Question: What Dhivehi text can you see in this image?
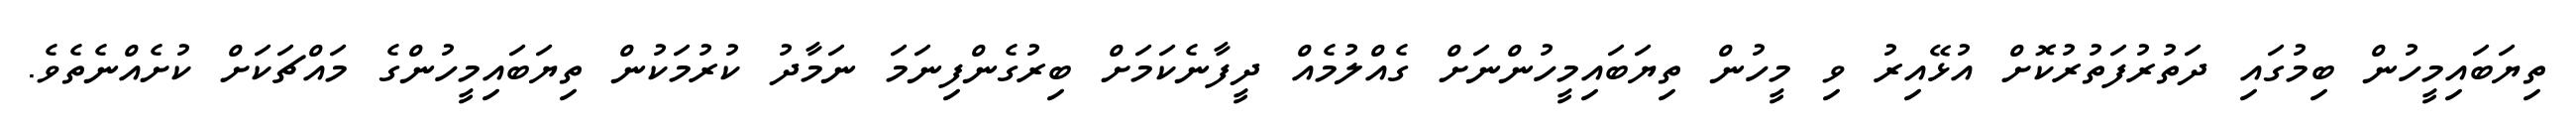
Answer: ތިޔަބައިމީހުން ބިމުގައި ދަތުރުފަތުރުކޮށް އުޅޭއިރު ވި މީހުން ތިޔަބައިމީހުންނަށް ގެއްލުމެއް ދީފާނެކަމަށް ބިރުގެންފިނަމަ ނަމާދު ކުރުމަކުން ތިޔަބައިމީހުންގެ މައްޗަކަށް ކުށެއްނެތެވެ.